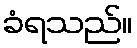
ခံရသည်။